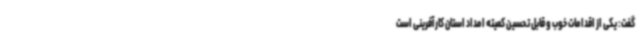
گفت: یکی از اقدامات خوب و قابل تحسین کمیته امداد استان کارآفرینی است